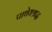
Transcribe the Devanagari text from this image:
पाथेयश्राद्ध